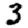
Digit: 3